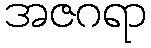
အဇဂရာ